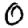
Digit: 0